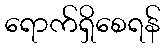
ရောက်ရှိစေရန်